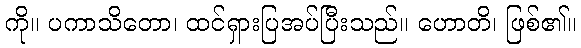
ကို။ ပကာသိတော၊ ထင်ရှားပြအပ်ပြီးသည်။ ဟောတိ၊ ဖြစ်၏။